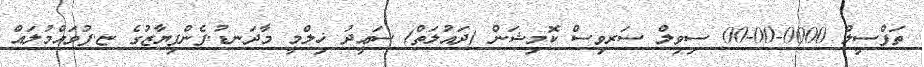
ތަފްސީލް 0000-00-00 ސިވިލް ސަރވިސް ކޮމިޝަން (ދައުލަތް) ސަޢީދު ޚިލްމީ މާދަނޑު.ފެންފިޔާޒުގެ ޏ.ފުވައްމުލައް